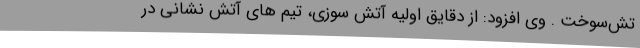
تش‌سوخت . وی افزود: از دقایق اولیه آتش سوزی، تیم های آتش نشانی در